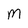
Character: M